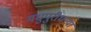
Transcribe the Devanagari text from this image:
मधुपुरीधन्या